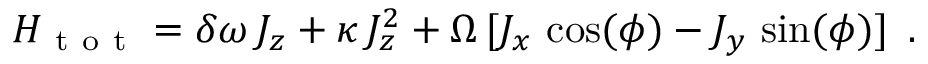
H _ { \mathrm { ~ t ~ o ~ t ~ } } = \delta \omega \, J _ { z } + \kappa \, J _ { z } ^ { 2 } + \Omega \, [ J _ { x } \, \cos ( \phi ) - J _ { y } \, \sin ( \phi ) ] \, \mathrm { ~ . ~ }